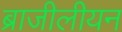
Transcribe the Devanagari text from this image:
ब्राजीलीयन